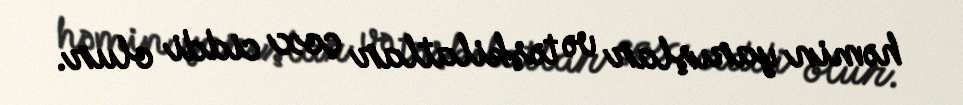
həmin yarışlar və təşkilatlar çox ciddi olur.